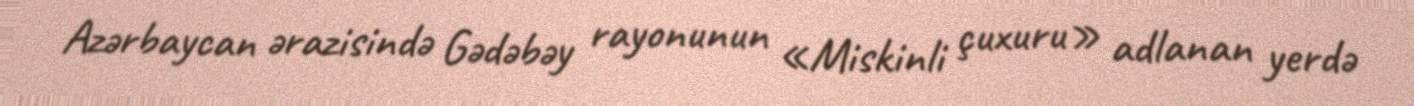
Azərbaycan ərazisində Gədəbəy rayonunun «Miskinli çuxuru» adlanan yerdə